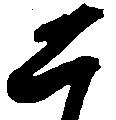
二